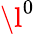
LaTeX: \l^{0}